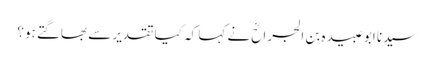
سیدنا ابو عبیدہ بن الجراحؓ نے کہا کہ کیا تقدیر سے بھاگتے ہو؟